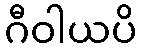
ဂီဝါယပိ